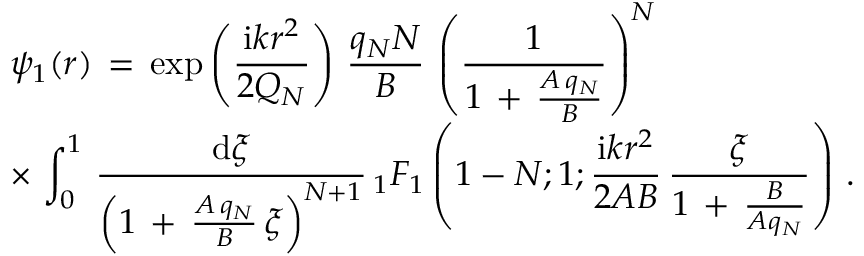
\begin{array} { l } { \displaystyle \psi _ { 1 } ( \boldsymbol { r } ) \, = \, \exp \left( \frac { \mathrm { i } k r ^ { 2 } } { 2 Q _ { N } } \right) \, \frac { q _ { N } N } { B } \, \left( \frac { 1 } { 1 \, + \, \frac { A \, q _ { N } } { B } } \right) ^ { N } \, } \\ { \displaystyle \times \, \int _ { 0 } ^ { 1 } \, \frac { \mathrm { d } \xi } { \left( 1 \, + \, \frac { A \, q _ { N } } { B } \, \xi \right) ^ { N + 1 } } \, { } _ { 1 } F _ { 1 } \left( 1 - N ; 1 ; \frac { \mathrm { i } k r ^ { 2 } } { 2 A B } \, \frac \xi { 1 \, + \, \frac B { A q _ { N } } } \right) \, . } \end{array}